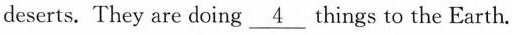
deserts. They are doing\underline{4} things to the Earth.